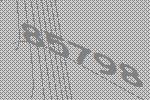
85798